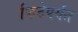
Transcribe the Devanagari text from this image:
फिटेपर्यंत